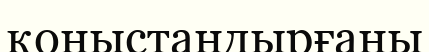
қоныстандырғаны